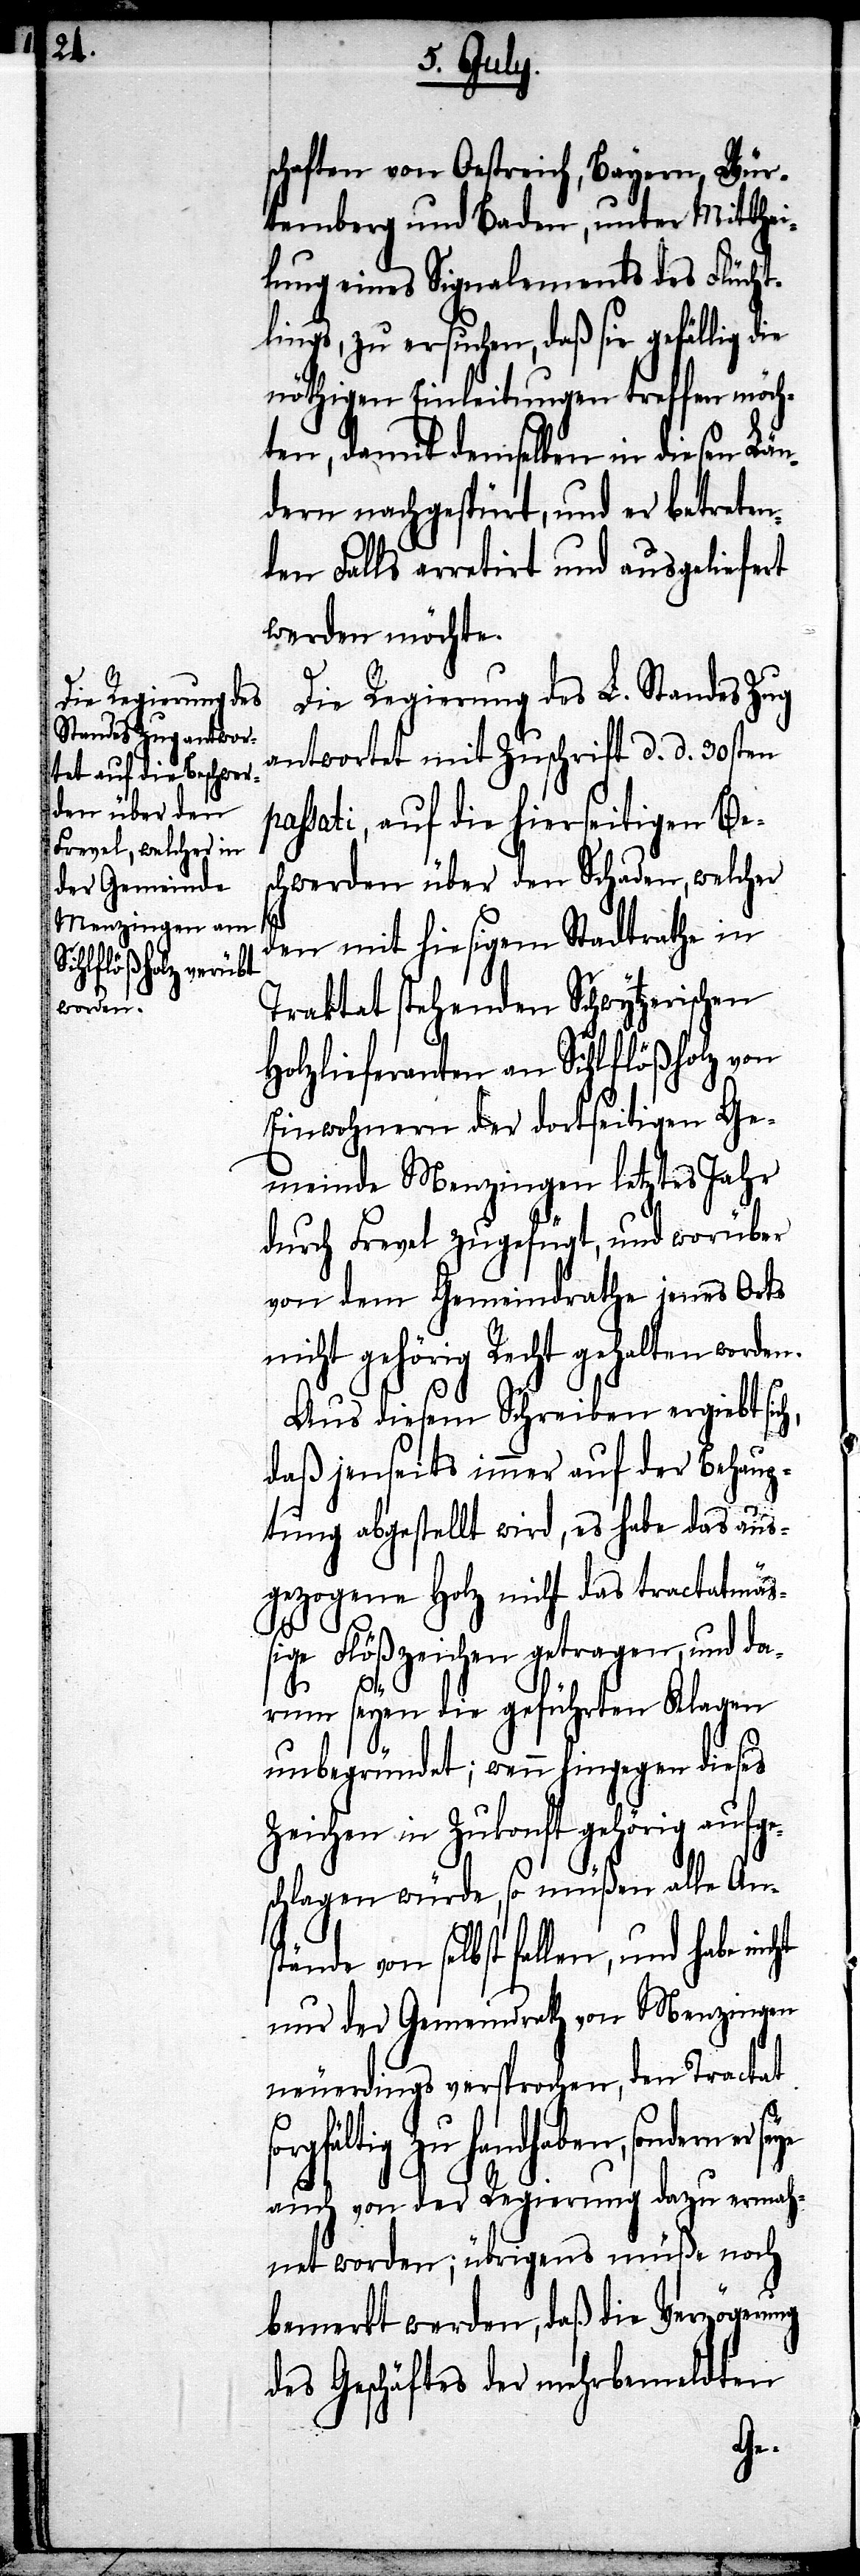
worden.

schaften von Oestreich, Bayern, Wür¬
temberg und Baden, unter Mitthei¬
lung eines Signalements des Flücht¬
lings, zu ersuchen, daß sie gefällig die
nöthigen Einleitungen treffen möch¬
ten, damit demselben in diesen Län¬
dern nachgespürt, und er betreten¬
en Falls arretirt und ausgeliefert
werden möchte.
Die Regierung des L. Standes Zug
antwortet mit Zuschrift d. d. 30sten
passati, auf die hierseitigen Be¬
schwerden über den Schaden, welcher
den mit hiesigem Stadtrathe in
Traktat stehenden Schwytzerischen
Holzlieferanten an Sihlflößholz von
Einwohnern der dortseitigen Ge¬
meinde Menzingen letztes Jahr
durch Frevel zugefügt, und worüber
von dem Gemeindrathe jenes Orts
nicht gehörig Recht gehalten
Aus diesem Schreiben ergiebt sich,
daß jenseits immer auf der Behaup¬
tung abgestellt wird, es habe das aus¬
gezogene Holz nicht das tractatmäß¬
ige Flößzeichen getragen, und da¬
sorg¬
rum seyen die geführten Klagen
unbegründet; wenn hingegen dieses
Zeichen in Zukunft gehörig aufg¬
chlagen würde, so müßen alle Ans¬
nur der Gemeindrath von Menzingen
neuerdings versprochen, den Tractat
fältig zu handhaben, sondern
auch von der Regierung dazu ermah¬
net worden; übrigens müße noch
bemerkt werden, daß die Verzögerung
des Geschäftes der mehrbemeldten